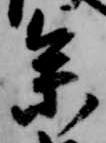
参